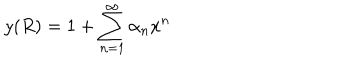
y ( R ) = 1 + \sum _ { n = 1 } ^ { \infty } \alpha _ { n } x ^ { n }